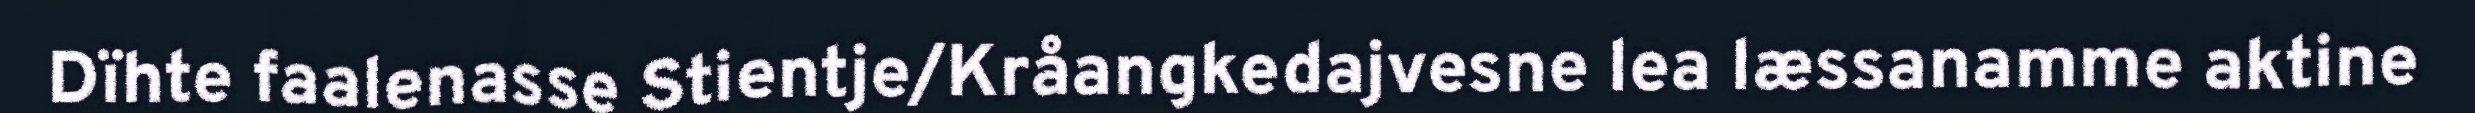
Dïhte faalenasse Stientje/Kråangkedajvesne lea læssanamme aktine